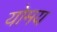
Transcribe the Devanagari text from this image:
योमय